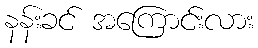
နန်းခင် အကြောင်းလား